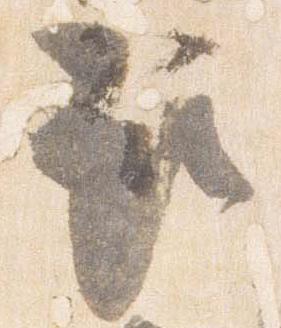
取